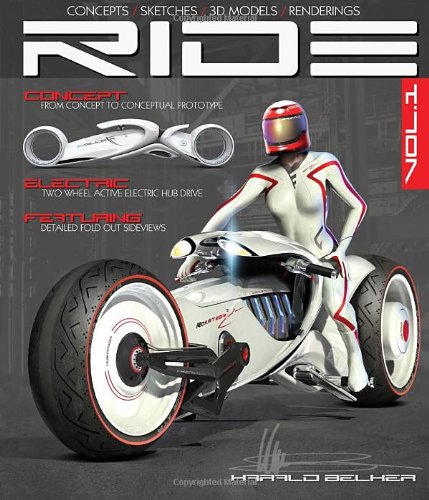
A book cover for RIDE: Futuristic Electric Motorcycle Concept; Harald Belker; Arts & Photography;